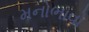
મનોભાવો